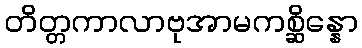
တိတ္တကာလာဗုအာမကစ္ဆိန္နော